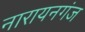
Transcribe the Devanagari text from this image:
नारायनगंज